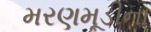
મરણમૂડીના